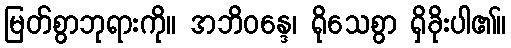
မြတ်စွာဘုရားကို။ အဘိဝန္ဒေ၊ ရိုသေစွာ ရှိခိုးပါ၏။